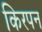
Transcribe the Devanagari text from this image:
किरपन